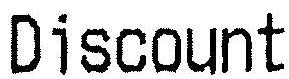
DISCOUNT